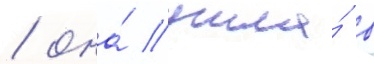
/ она́ ушла́ в